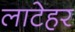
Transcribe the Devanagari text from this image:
लाटेहर